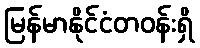
မြန်မာနိုင်ငံတဝန်းရှိ